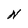
Character: N